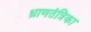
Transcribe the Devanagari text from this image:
ध्राणतंत्रिका